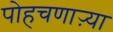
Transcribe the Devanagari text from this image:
पोहचणाऱ्या